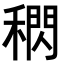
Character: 𥡕